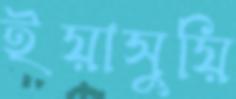
ইয়াসুয়ি